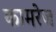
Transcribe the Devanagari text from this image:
कामरेज